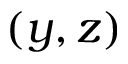
( y , z )